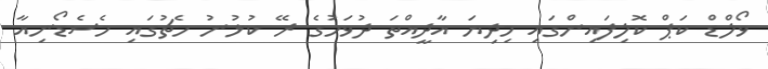
ވޯލްޑް ކަޕް ކޮލިފައިންގައި މިދިޔަ އާދީއްތަ ދުވަހުގެ ރޭ ކުޅުނު މެޗުގައި މެސެޑޯނިއާ